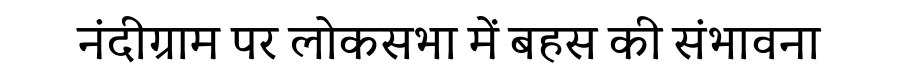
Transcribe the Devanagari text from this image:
नंदीग्राम पर लोकसभा में बहस की संभावना